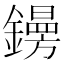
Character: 𨭜